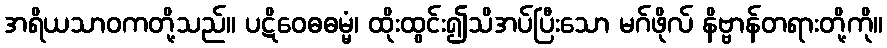
အရိယသာဝကတို့သည်။ ပဋိဝေဓဓမ္မံ၊ ထိုးထွင်း၍သိအပ်ပြီးသော မဂ်ဖိုလ် နိဗ္ဗာန်တရားတို့ကို။